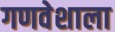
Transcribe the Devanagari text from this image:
गणवेशाला